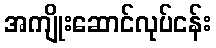
အကျိုးဆောင်လုပ်ငန်း